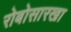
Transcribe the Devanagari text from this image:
रोबोसारखा